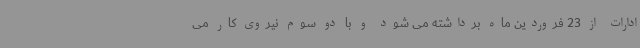
ادارات از 23 فروردین ماه برداشته می شود و با دو سوم نیروی کار می